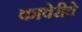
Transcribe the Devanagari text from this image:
कावेरीचे